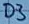
Text: D3